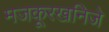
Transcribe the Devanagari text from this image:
मजकूरखनिजे